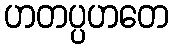
ဟတပ္ပဟတေ